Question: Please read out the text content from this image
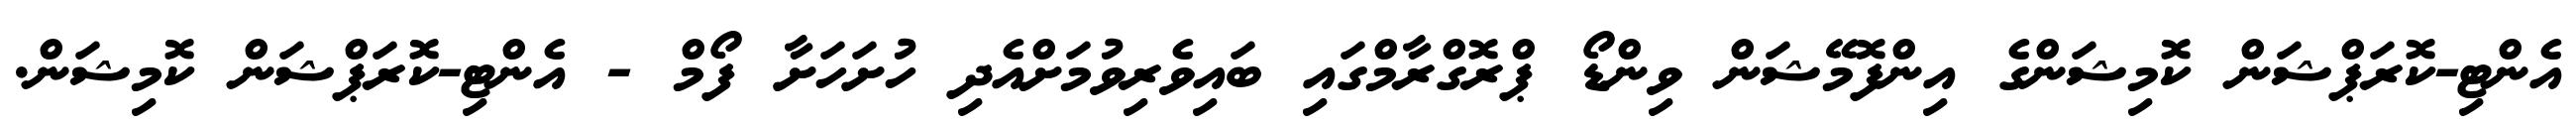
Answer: އެންޓި-ކޮރަޕްޝަން ކޮމިޝަންގެ އިންފޮމޭޝަން ވިންޑޯ ޕްރޮގްރާމްގައި ބައިވެރިވުމަށްއެދި ހުށަހަށާ ފޯމް - އެންޓި-ކޮރަޕްޝަން ކޮމިޝަން.